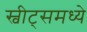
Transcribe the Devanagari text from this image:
स्वीट्‌समध्ये